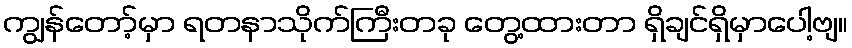
ကျွန်တော့်မှာ ရတနာသိုက်ကြီးတခု တွေ့ထားတာ ရှိချင်ရှိမှာပေါ့ဗျ။